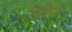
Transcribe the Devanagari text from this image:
मिलिम्स